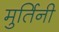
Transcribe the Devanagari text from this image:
मुर्तिनी